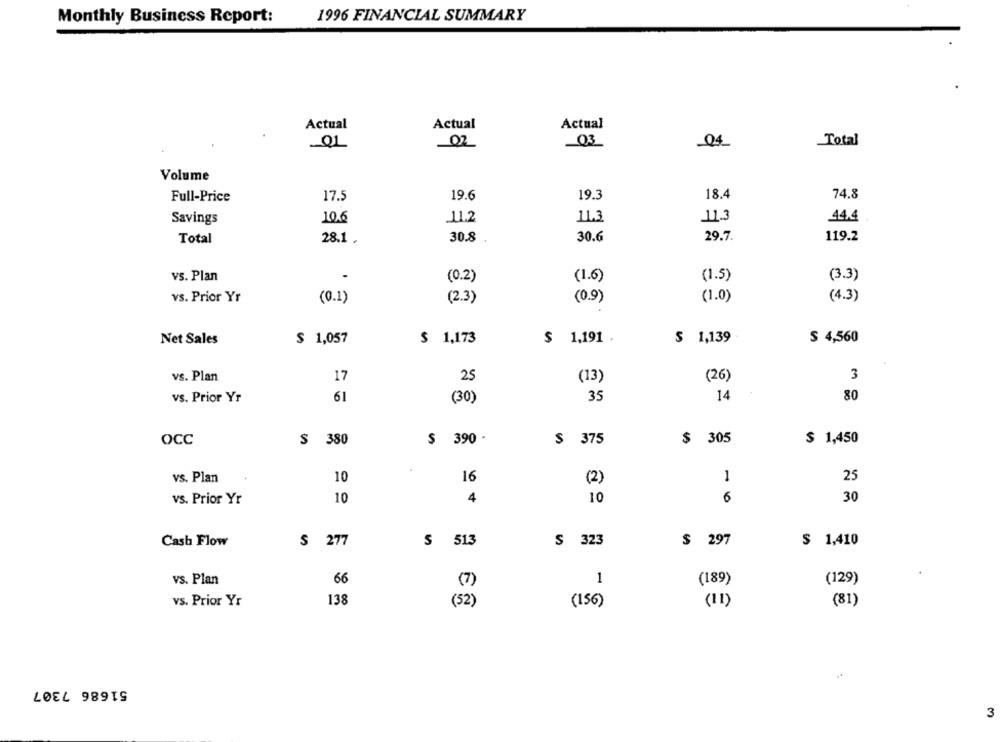
Monthly Business Report:
1996 FINANCIAL SUMMARY
Actual
Actual
Actual
Total
QL
02
04
Volume
18.4
Full-Price
17.5
19.6
19.3
74.8
Savings
10.6
11.2
11.3
11.3
44.4
30.8
30.6
29.7.
119.2
Total
28.1.
vs. Plan
(0.2)
(1.6)
(1.5)
(3.3)
(4.3)
vs. Prior Yr
(0.1)
(2.3)
(0.9)
(1.0)
Net Sales
$ 1,057
$ 1,173
$ 1,191 .
$ 1,139
$ 4,560
vs. Plan
17
25
(26)
3
(13)
vs. Prior Yr
61
(30)
35
14
80
OCC
$ 380
$ 390 -
$ 375
$ 305
$ 1,450
vs. Plan
10
16
(2)
1
25
10
6
30
vs. Prior Yr
10
4
$ 297
$ 1,410
Cash Flow
$ 277
S 513
S 323
vs. Plan
66
1
(189)
(129)
138
(11)
(81)
vs. Prior Yr
(52)
(156)
51686 7307
3